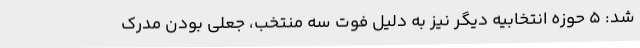
شد: 5 حوزه انتخابیه دیگر نیز به دلیل فوت سه منتخب، جعلی بودن مدرک